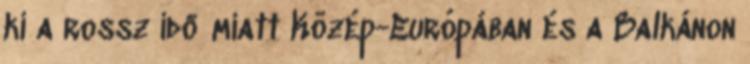
ki a rossz idő miatt Közép-Európában és a Balkánon